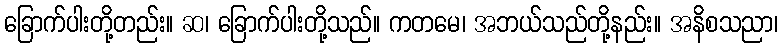
ခြောက်ပါးတို့တည်း။ ဆ၊ ခြောက်ပါးတို့သည်။ ကတမေ၊ အဘယ်သည်တို့နည်း။ အနိစသညာ၊